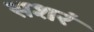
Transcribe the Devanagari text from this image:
सशरं